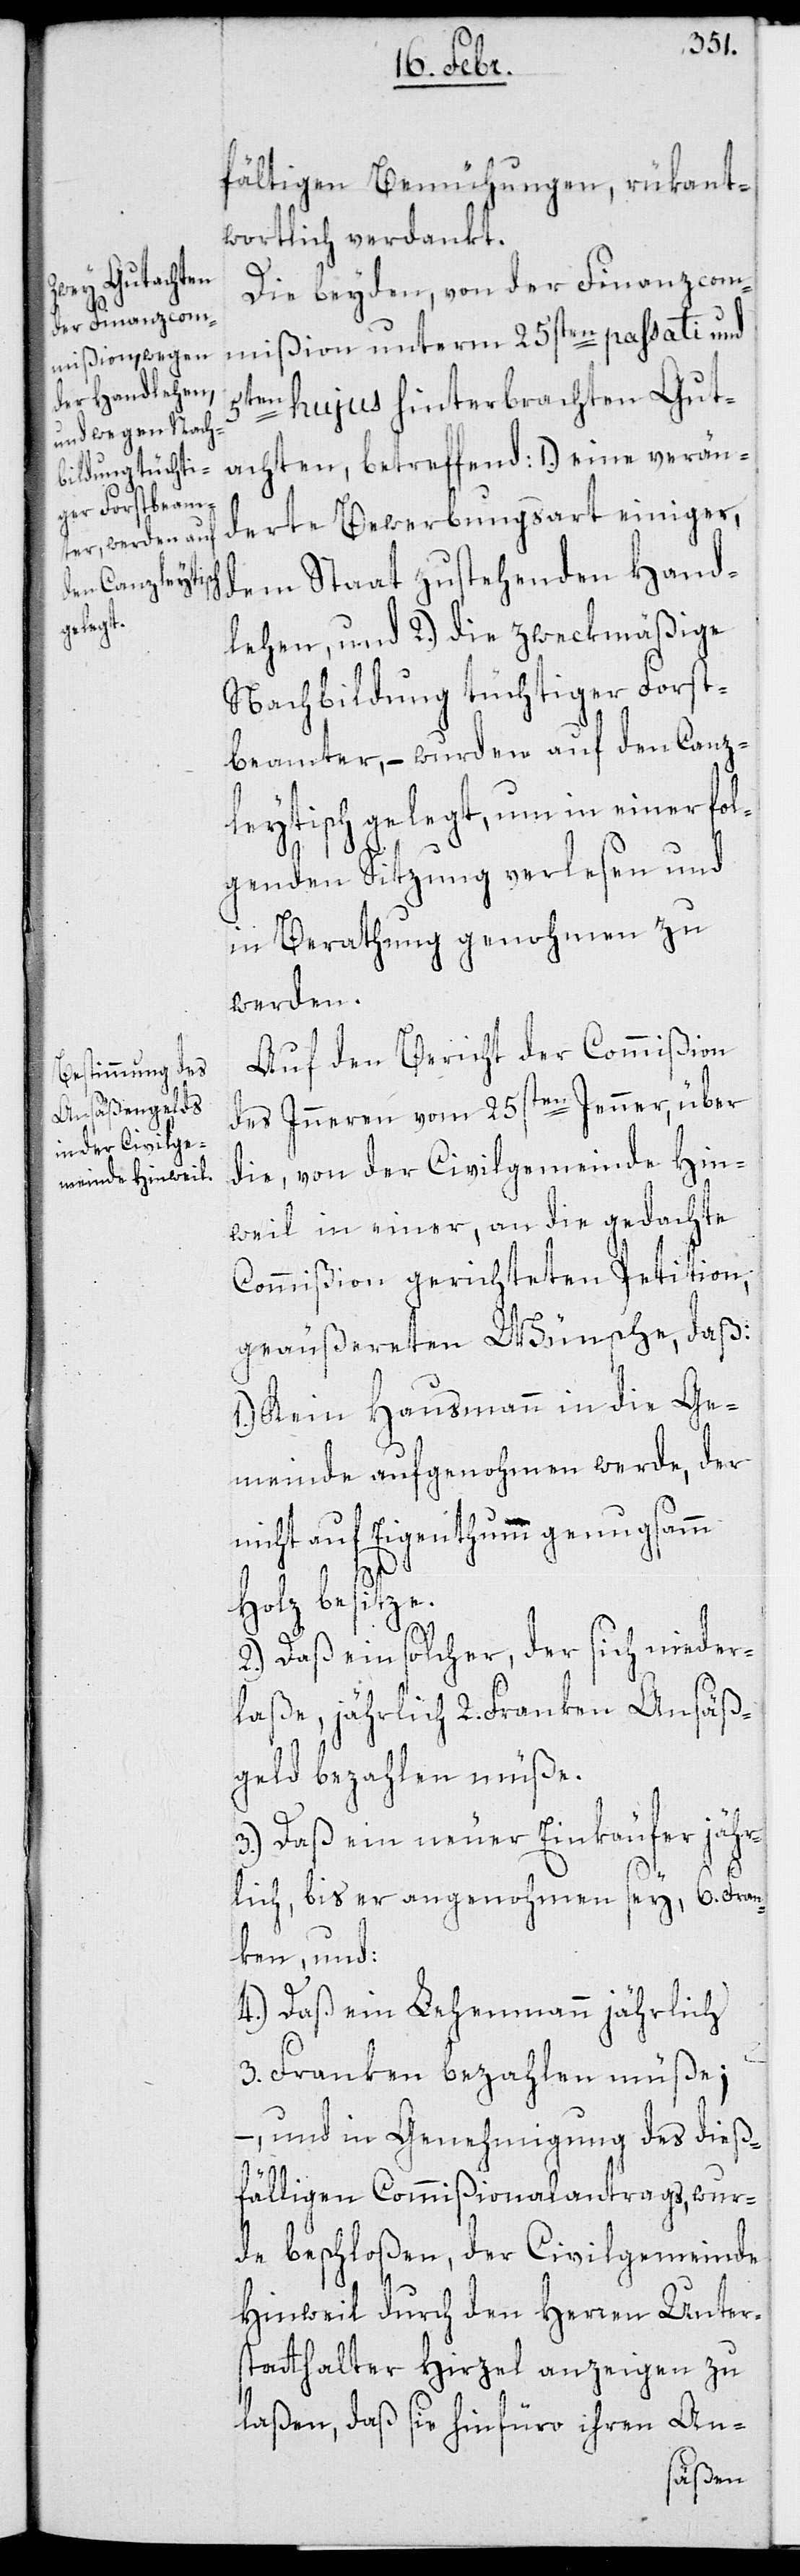
fältigen Bemühungen, rükant¬
wortlich verdankt.
Die beyden, von der Finanzcom¬
mißion unterm 25sten passati und
5ten hujus hinterbrachten Gut¬
achten, betreffend 1.) eine verän¬
derte Bewerbungsart einiger,
dem Staat zustehenden Hand¬
lehen, und 2.) die zweckmäßige
Nachbildung tüchtiger Forst¬
beamter, – wurden auf den Canz¬
leytisch gelegt, um in einer fol¬
genden Sitzung verlesen und
in Berathung genohmen zu
werden.
Auf den Bericht des Commißion
des Inneren vom 25sten Jenner, über
die von der Civilgemeinde Hin¬
weil in einer, an die gedachte
Commißion gerichteten Petition,
geäußereten Wünsche, daß:
1.) Kein Hausmann in die Ge¬
meinde aufgenohmen werde, der
nicht auf Eigenthum genugsamm
Holz besitze.
2.) Daß ein solcher, der sich nieder¬
laße, jährlich 2. Franken Ansäß¬
geld bezahlen müße.
3.) Daß ein neuer Einkäufer jähr¬
lich, bis er angenohmen sey, 6. Fran¬
ken, und:
4.) Daß ein Lehenmann jährlich
3. Franken bezahlen müße;
– und in Genehmigung des dieß¬
fälligen Commißionalantrags, wur¬
de beschloßen, der Civilgemeinde
Hinweil durch den Herren Unter¬
statthalter Hirzel anzeigen zu
laßen, daß sie hinfüro ihren An-